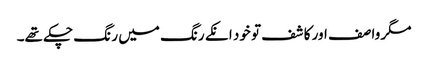
مگر وا صف اور کا شف تو خود انکے رنگ میں ر نگ چکے تھے۔